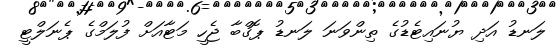
ލަނޑު އަދި ޔުނައިޓެޑުގެ ތިންވަނަ ލަނޑު ޕޮގްބާ ޖެހީ މަޓާއަށް ފުލަމްގެ ޕެނަލްޓީ